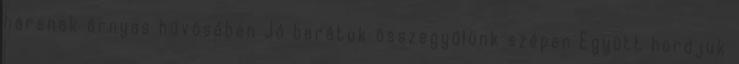
hársnak árnyas hűvösében Jó barátok összegyűlünk szépen Együtt hordjuk